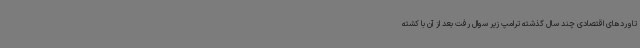
تاوردهای اقتصادی چند سال گذشته ترامپ زیر سوال رفت بعد از آن با کشته